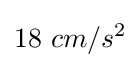
18~cm/s^{2}